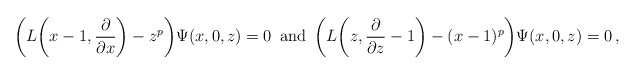
\begin{align*}\biggl(L\biggl(x-1,{\partial\over\partial x}\biggr)-z^p\biggr)\Psi(x,0,z)=0\,\ \hbox{and}\ \,\biggl(L\biggl(z,{\partial\over\partial z}-1\biggr)-(x-1)^p\biggr)\Psi(x,0,z)=0\,,\end{align*}